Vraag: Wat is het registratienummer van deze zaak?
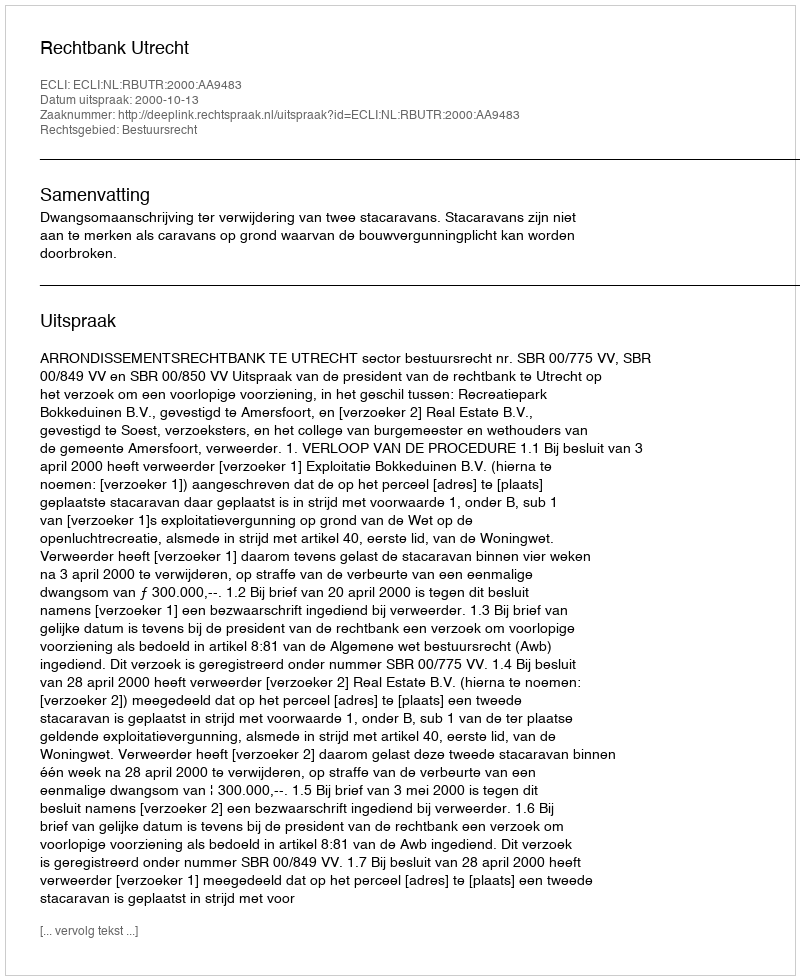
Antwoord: http://deeplink.rechtspraak.nl/uitspraak?id=ECLI:NL:RBUTR:2000:AA9483